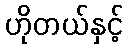
ဟိုတယ်နှင့်